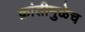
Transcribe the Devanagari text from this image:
क्रांतीमुळेच